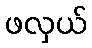
ဖလှယ်